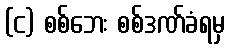
(င) စစ်ဘေး စစ်ဒဏ်ခံရမှ